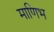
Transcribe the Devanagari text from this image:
माणिभ